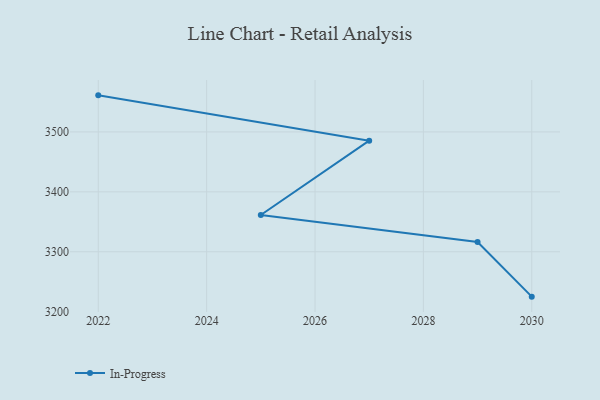
{"axis": {"x": "Year", "y": "Production Output"}, "legend": ["In-Progress"], "data": [{"x": "2030", "y": 3225.1, "type": "In-Progress"}, {"x": "2029", "y": 3316.4, "type": "In-Progress"}, {"x": "2025", "y": 3361.3, "type": "In-Progress"}, {"x": "2027", "y": 3485.4, "type": "In-Progress"}, {"x": "2022", "y": 3561.0, "type": "In-Progress"}]}